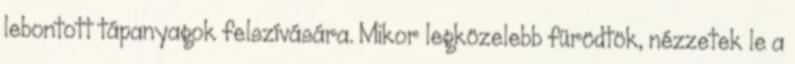
lebontott tápanyagok felszívására. Mikor legközelebb fürödtök, nézzetek le a